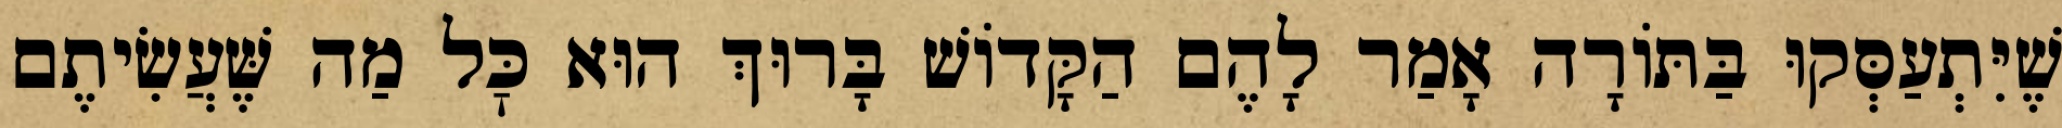
שֶׁיִּתְעַסְּקוּ בַּתּוֹרָה אָמַר לָהֶם הַקָּדוֹשׁ בָּרוּךְ הוּא כׇּל מַה שֶּׁעֲשִׂיתֶם